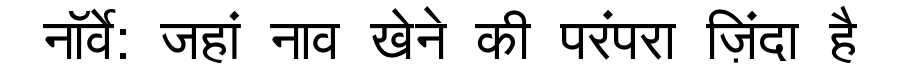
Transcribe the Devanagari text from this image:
नॉर्वे: जहां नाव खेने की परंपरा ज़िंदा है